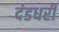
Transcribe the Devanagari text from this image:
दंडधरी